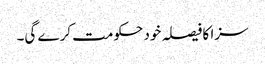
سزا کا فیصلہ خود حکومت کرے گی۔